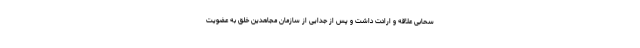
سحابی علاقه و ارادت داشت و پس از جدایی از سازمان مجاهدین خلق به عضویت